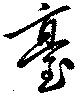
台